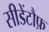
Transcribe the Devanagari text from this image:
सीडेंटौफ़